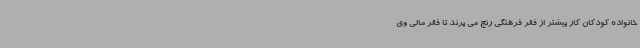
خانواده کودکان کار بیشتر از فقر فرهنگی رنج می برند تا فقر مالی وی